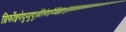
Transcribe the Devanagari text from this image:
ग्रिर्फोइगोदुय्दुग्दुएओगिसोद्त्घ्दीईईईईइगोफुसूऔऔऔऔऔऔऔऔऔऔऔऔऔऔऔऔऔऔऔऔऔऔऔऔऔऔऔऔओइरुफ्गुइस्ग्फिस्ग्फुय्ग्क्षुऔऔऔऔऔऔऔऔऔऔऔऔऔऔऔऔऔऔऔऔऔऔऔऔऔऔऔऔऔऔऔऔऔऔऔऔऔऔऔऔऔऔऔऔऔऔऔऔऔऔऔऔऔऔऔऔऔऔऔऔऔऔऔऔऔऔऔऔऔऔऔऔऔऔऔऔऔऔऔऔऔऔऔऔऔऔऔऔऔऔऔऔऔऔऔऔऔऔऔऔऔऔऔऔऔऔऔऔ